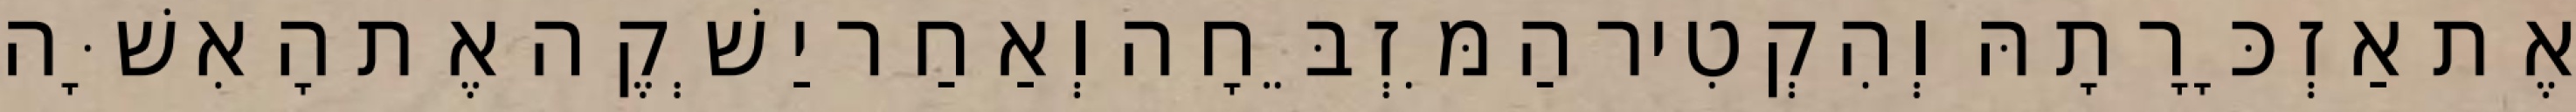
אֶת אַזְכָּרָתָהּ וְהִקְטִיר הַמִּזְבֵּחָה וְאַחַר יַשְׁקֶה אֶת הָאִשָּׁה